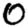
Digit: 0